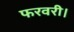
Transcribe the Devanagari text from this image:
फरवरी।